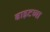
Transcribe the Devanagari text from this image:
बाइटच्या